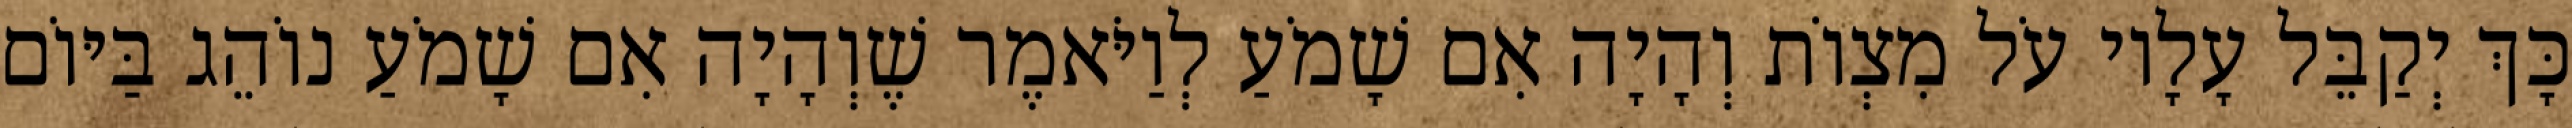
כָּךְ יְקַבֵּל עָלָיו עֹל מִצְוֹת וְהָיָה אִם שָׁמֹעַ לְוַיֹּאמֶר שֶׁוְהָיָה אִם שָׁמֹעַ נוֹהֵג בַּיּוֹם